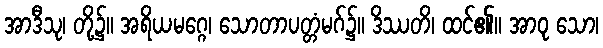
အာဒီသု၊ တို့၌။ အရိယမဂ္ဂေ၊ သောတာပတ္တံမဂ်၌။ ဒိဿတိ၊ ထင်၏။ အာဝု သော၊